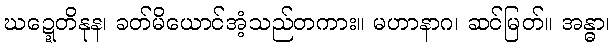
ဃဍ္ဍေတိနုန၊ ခတ်မိယောင်အံ့သည်တကား။ မဟာနာဂ၊ ဆင်မြတ်။ အန္ဓာ၊